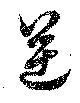
逆